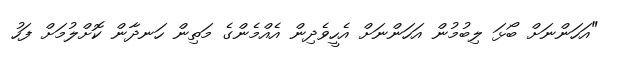
"އަހަންނަށް ބޯޅަ ލިބުމުން އަހަންނަށް އެހީވެދިން އެއްމެންގެ މަތިން ހަނދާން ކޮށްލުމަށް ފަހު